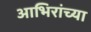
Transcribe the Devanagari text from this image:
आभिरांच्या